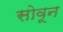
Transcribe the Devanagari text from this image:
सोवून